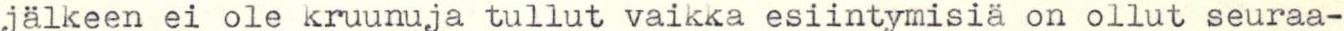
jälkeen ei ole kruunuja tullut vaikka esiintymisiä on ollut seuraa-